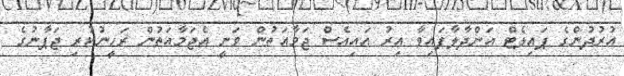
އުރުދުންގެ ޕައިލެޓް އަންދާލާފައިވާ އިރު އައިއެސް ޖަމާއަތުން ވަނީ އެޖަމާއަތުން ރަހީނުކުރި ޖަޕާނުގެ